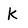
Character: K